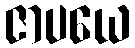
ဇာပယေ